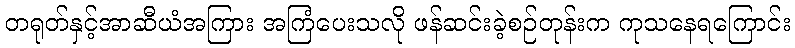
တရုတ်နှင့်အာဆီယံအကြား အကြံပေးသလို ဖန်ဆင်းခဲ့စဉ်တုန်းက ကုသနေရကြောင်း